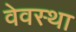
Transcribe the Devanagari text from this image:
वेवस्था